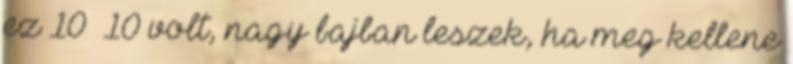
ez 10 10 volt, nagy bajban leszek, ha meg kellene